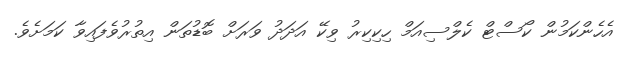
އެހެންކަމުން ކޯސްޓް ކެލްސިއަމް ހިކިކިރު ވިކޭ އަދަދު ވަރަށް ބޮޑުތަން އިތުރުވެފައިވާ ކަމަށެވެ.